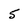
Character: 5